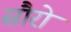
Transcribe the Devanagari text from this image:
सौरो